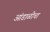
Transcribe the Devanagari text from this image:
आंडाळीचा